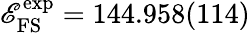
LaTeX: \mathscr{E}_{\mathrm{{FS}}}^{\mathrm{{exp}}}=144.958(114)